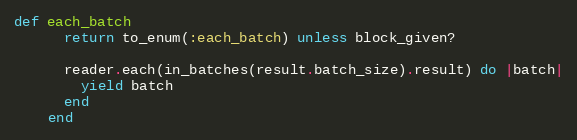
Language: Ruby
def each_batch
      return to_enum(:each_batch) unless block_given?

      reader.each(in_batches(result.batch_size).result) do |batch|
        yield batch
      end
    end